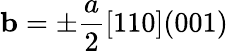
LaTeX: \mathbf{b}=\pm\frac{a}{2}[110](001)